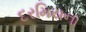
દરમિયના